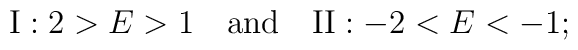
{\rm I}: 2>E>1 \quad \hbox{and} \quad {\rm II}: -2<E<-1;